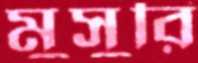
মুসুরি